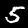
Label: 5